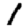
Digit: 1